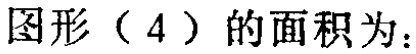
图形（4）的面积为：